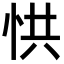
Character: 㤨